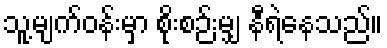
သူ့မျက်ဝန်းမှာ စိုးစဉ်းမျှ နီရဲနေသည်။